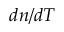
d n / d T